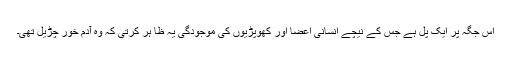
اس جگہ پر ایک پل ہے جس کے نیچے انسانی اعضا اور کھوپڑیوں کی موجودگی یہ ظا ہر کرتی کہ وہ آدم خور چڑیل تھی۔